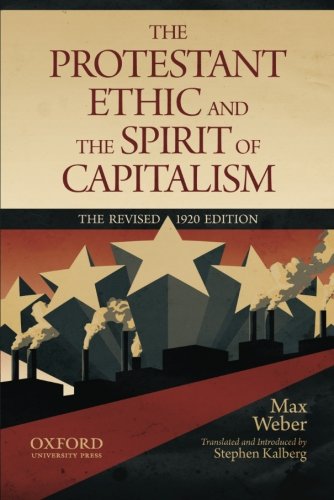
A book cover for The Protestant Ethic and the Spirit of Capitalism; Max Weber; Business & Money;